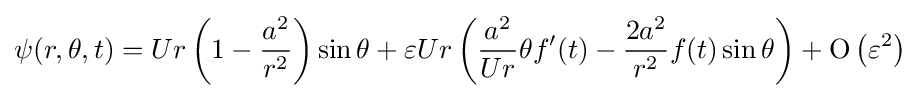
\psi (r,\theta ,t)=Ur\left(1-{\frac {a^{2}}{r^{2}}}\right)\sin \theta +\varepsilon Ur\left({\frac {a^{2}}{Ur}}\theta f'(t)-{\frac {2a^{2}}{r^{2}}}f(t)\sin \theta \right)+\mathrm {O} \left(\varepsilon ^{2}\right)